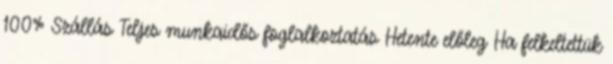
100% Szállás Teljes munkaidős foglalkoztatás Hetente előleg Ha felkeltettük